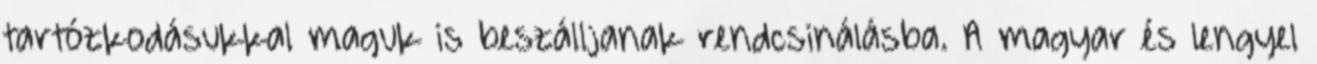
tartózkodásukkal maguk is beszálljanak rendcsinálásba. A magyar és lengyel